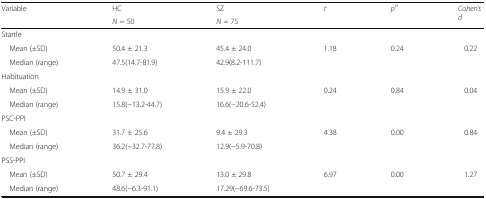
<table><thead><tr><td rowspan="2"><b>Variable</b></td><td><b>HC</b></td><td><b>SZ</b></td><td rowspan="2"><b><i>t</i></b></td><td rowspan="2"><b><i>p</i><sup><i>a</i></sup></b></td><td rowspan="2"><b><i>Cohen’s d</i></b></td></tr><tr><td><b><i>N</i> = 50</b></td><td><b><i>N</i> = 75</b></td></tr></thead><tbody><tr><td colspan="6">Startle</td></tr><tr><td> Mean (±SD)</td><td>50.4 ± 21.3</td><td>45.4 ± 24.0</td><td>1.18</td><td>0.24</td><td>0.22</td></tr><tr><td> Median (range)</td><td>47.5(14.7-81.9)</td><td>42.9(8.2-111.7)</td><td></td><td></td><td></td></tr><tr><td colspan="6">Habituation</td></tr><tr><td> Mean (±SD)</td><td>14.9 ± 31.0</td><td>15.9 ± 22.0</td><td>0.24</td><td>0.84</td><td>0.04</td></tr><tr><td> Median (range)</td><td>15.8(−13.2-44.7)</td><td>16.6(−20.6-52.4)</td><td></td><td></td><td></td></tr><tr><td colspan="6">PSC-PPI</td></tr><tr><td> Mean (±SD)</td><td>31.7 ± 25.6</td><td>9.4 ± 29.3</td><td>4.38</td><td>0.00</td><td>0.84</td></tr><tr><td> Median (range)</td><td>36.2(−32.7-77.8)</td><td>12.9(−5.9-70.8)</td><td></td><td></td><td></td></tr><tr><td colspan="6">PSS-PPI</td></tr><tr><td> Mean (±SD)</td><td>50.7 ± 29.4</td><td>13.0 ± 29.8</td><td>6.97</td><td>0.00</td><td>1.27</td></tr><tr><td> Median (range)</td><td>48.6(−6.3-91.1)</td><td>17.29(−69.6-73.5)</td><td></td><td></td><td></td></tr></tbody></table>